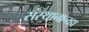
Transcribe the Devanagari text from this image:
संस्थानाच्य्हा